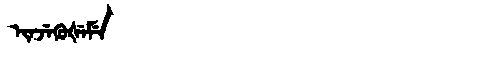
Manchu: ᡳᠨᠵᡝᡴᡠᡧᡝᠮᡝ
Romanization: INJEKUŠEME